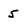
Character: 5